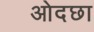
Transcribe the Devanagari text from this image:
ओदछा